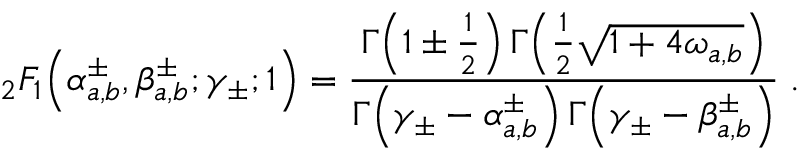
_ { 2 } F _ { 1 } \! \left( \alpha _ { a , b } ^ { \pm } , \beta _ { a , b } ^ { \pm } ; \gamma _ { \pm } ; 1 \right) = \frac { \Gamma \! \left( 1 \pm \frac { 1 } { 2 } \right) \Gamma \! \left( \frac { 1 } { 2 } \sqrt { 1 + 4 \omega _ { a , b } } \right) } { \Gamma \! \left( \gamma _ { \pm } - \alpha _ { a , b } ^ { \pm } \right) \Gamma \! \left( \gamma _ { \pm } - \beta _ { a , b } ^ { \pm } \right) } \; .